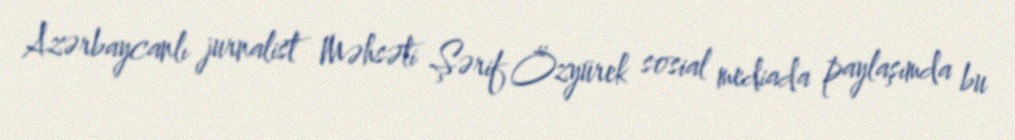
Azərbaycanlı jurnalist Məhsəti Şərif Özyürek sosial mediada paylaşımda bu